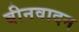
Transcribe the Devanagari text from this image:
बीनवादन